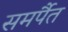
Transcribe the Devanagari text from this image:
समर्पैत